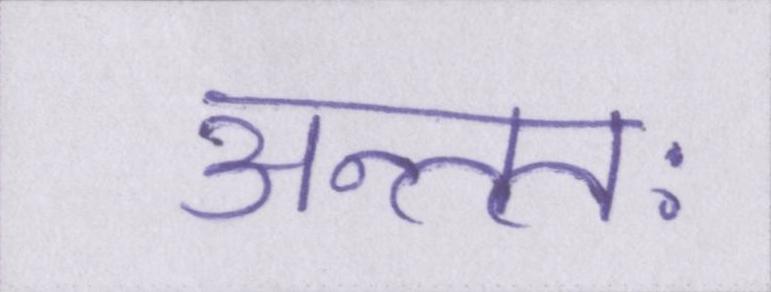
अन्ततः